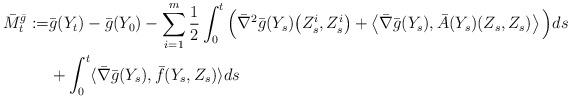
LaTeX: \begin{align*}\bar M_t^{\bar g}:=&\bar g(Y_t)-\bar g(Y_0)-\sum_{i=1}^m\frac{1}{2}\int_0^t \Big(\bar \nabla^2 \bar g(Y_s)\big(Z_s^i,Z_s^i\big)+\left\langle \bar \nabla \bar g(Y_s), \bar A(Y_s)(Z_s,Z_s)\right\rangle\Big)ds\\&+\int_0^t \langle \bar \nabla \bar g(Y_s), \bar f(Y_s,Z_s)\rangle ds\end{align*}